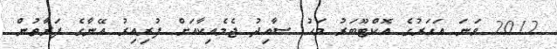
2012 ވަނަ އަހަރުގެ އޮކްޓޫބަރު މަހު ސާއިދު ޖެމެއިކާއަށް ފުރިއިރު އޭނާގެ ފަރާތުން